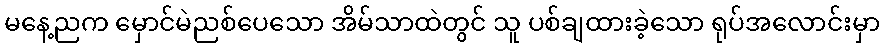
မနေ့ညက မှောင်မဲညစ်ပေသော အိမ်သာထဲတွင် သူ ပစ်ချထားခဲ့သော ရုပ်အလောင်းမှာ